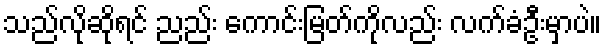
သည်လိုဆိုရင် ညည်း ကောင်းမြတ်ကိုလည်း လက်ခံဦးမှာပဲ။